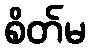
စိတ်မ